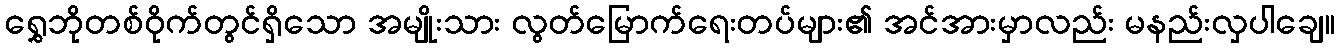
ရွှေဘိုတစ်ဝိုက်တွင်ရှိသော အမျိုးသား လွတ်မြောက်ရေးတပ်များ၏ အင်အားမှာလည်း မနည်းလှပါချေ။